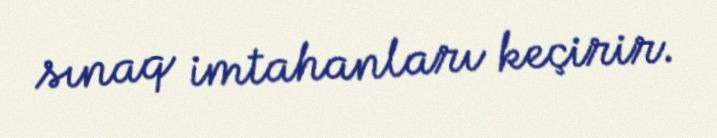
sınaq imtahanları keçirir.